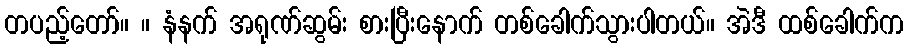
တပည့်တော်။ ။ နံနက် အရုဏ်ဆွမ်း စားပြီးနောက် တစ်ခေါက်သွားပါတယ်။ အဲဒီ ထစ်ခေါက်က